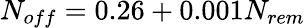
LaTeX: N_{off}=0.26+0.001N_{rem}